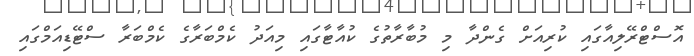
އޮސްޓްރޭލިއާގައި ކުރިއަށް ގެންދާ މި މުބާރާތުގެ ކުއާޓާގައި މިއަދު ކެމްބަރާގެ ކެމްބަރާ ސްޓޭޑިއަމްގައި